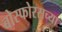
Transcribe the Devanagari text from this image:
बोस्फोरसच्या